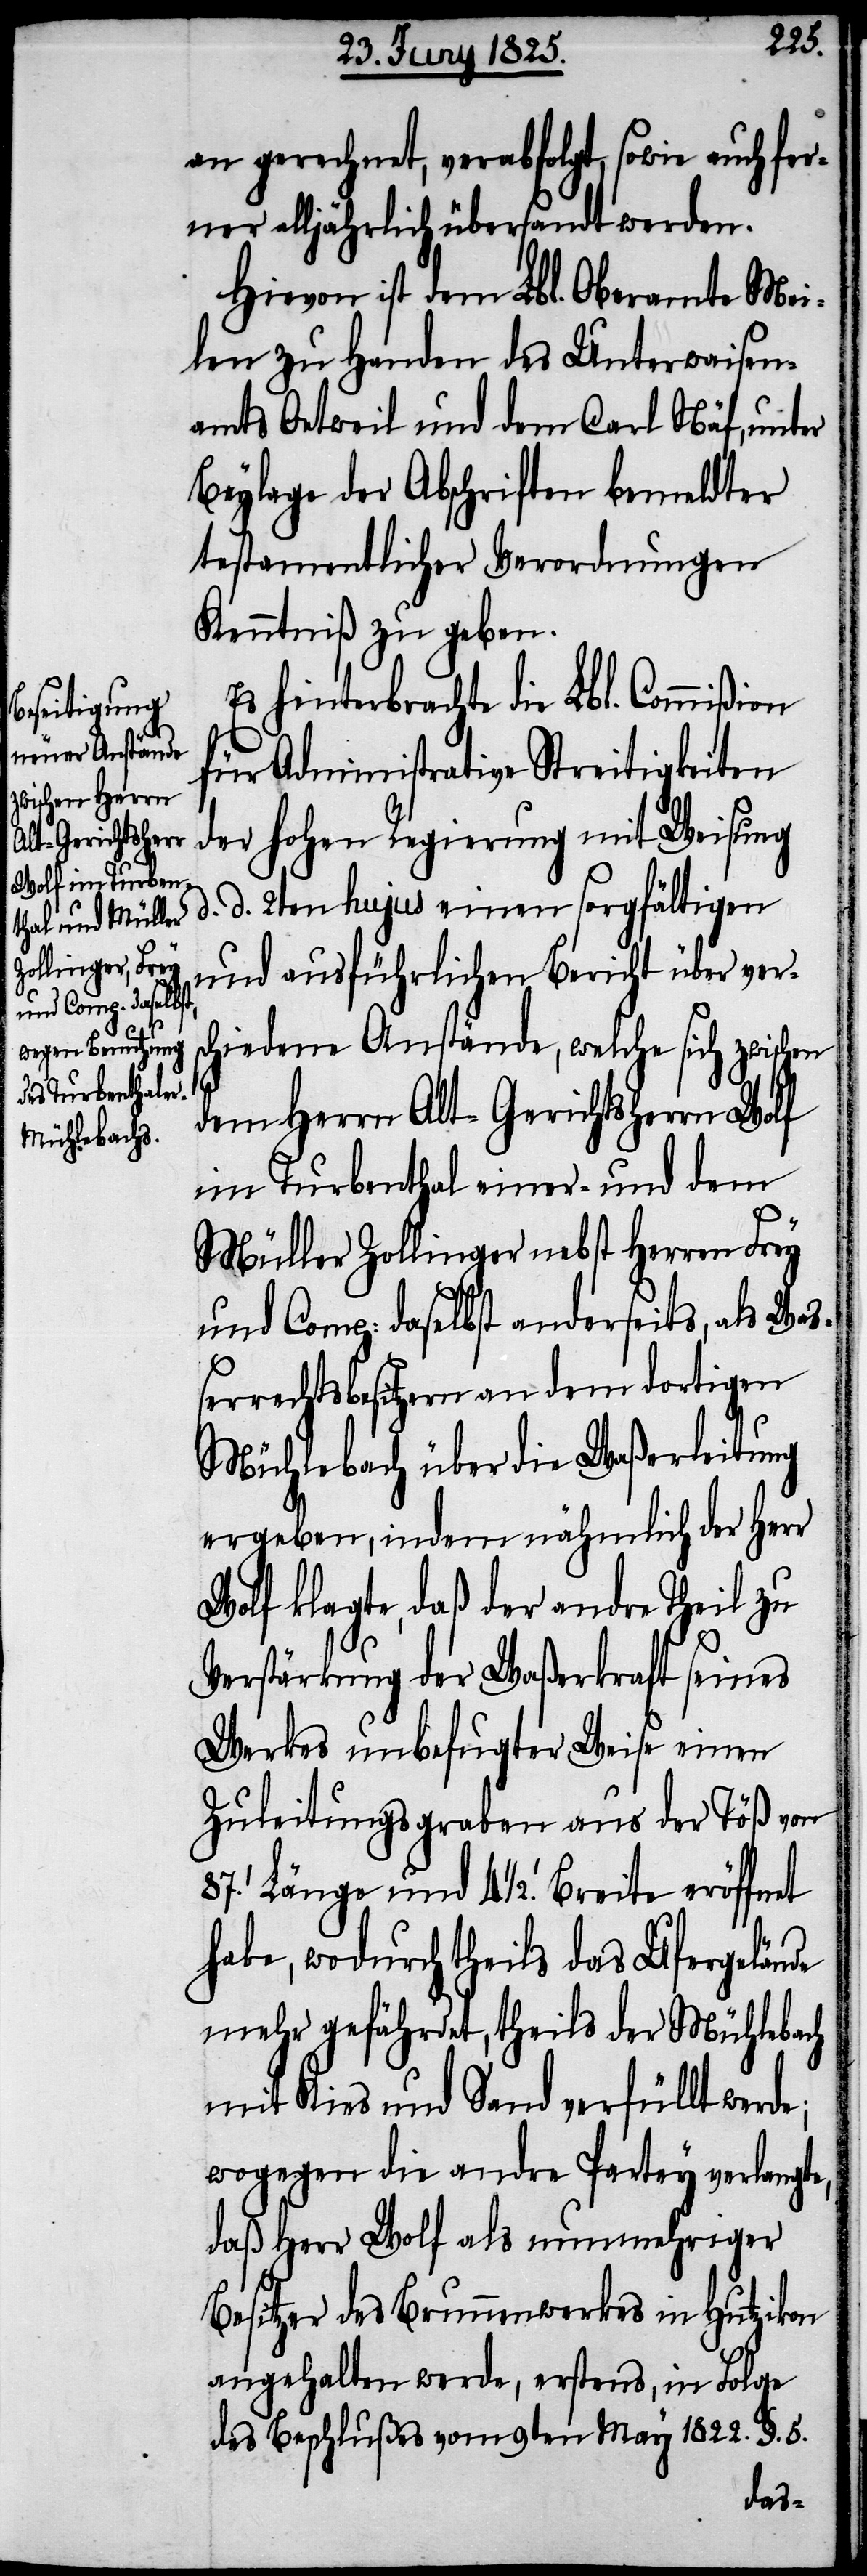
an gerechnet, verabfolgt, sowie auch fer¬
ner alljährlich übersandt werden.
Hievon ist dem Lbl. Oberamte Mei¬
len zu Handen des Unterwaisen¬
amts Oetweil und dem Carl Näf, unter
Beylage der Abschriften bemeldter
testamentlicher Verordnungen
Kenntniß zu geben.
Es hinterbrachte die Lbl. Commißion
für Administrative Streitigkeiten
der hohen Regierung mit Weisung
d. d. 2ten hujus einen sorgfältigen
und ausführlichen Bericht über ver¬
schiedene Anstände, welche sich zwischen
dem Herrn Alt-Gerichtsherrn Wolf
im Turbenthal einer- und dem
Müller Zollinger nebst Herren Frey
und Comp: daselbst anderseits, als Waß¬
errechtsbesitzern an dem dortigen
Mühlebach über die Waßerleitung
ergeben, indem nähmlich der Herr
Wolf klagte, daß der andre Theil zu
Verstärkung der Waßerkraft seines
Werkes unbefugter Weise einen
Zuleitungsgraben aus der Töß von
87.’ Länge und 4 1/2.’ Breite eröffnet
habe, wodurch theils der Mühlebach
mit Kies und Sand verfüllt werde;
wogegen die andre Partey verlangte,
daß Herr Wolf als nunmehriger
Besitzer des Brunnenwerkes in Hutzikon
angehalten werde, erstens, in Folge
des Beschlußes vom 9ten May 1822. §. 5.